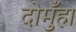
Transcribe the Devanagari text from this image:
दोमुँहा